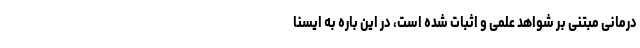
درمانی مبتنی بر شواهد علمی و اثبات شده است، در این باره به ایسنا